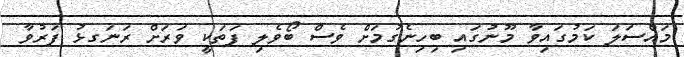
މައްސަލަ ކަމުގައިވާ މޫނުގައި ބިހިނެގުމަށް ވެސް ބޯވެލި ފަތަކީ ވަރަށް ރަނަގޅު ފަރުވާ